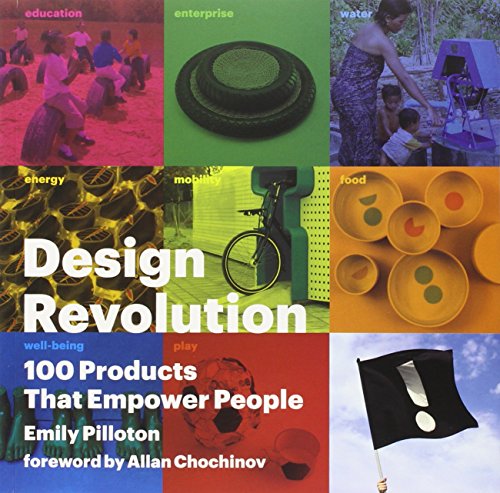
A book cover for Design Revolution: 100 Products That Empower People; Emily Pilloton; Arts & Photography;